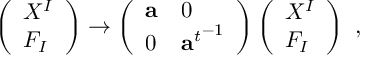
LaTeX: \left( \begin{array} { l } { { X ^ { I } } } \\ { { F _ { I } } } \end{array} \right) \rightarrow \left( \begin{array} { l l } { { { \bf a } } } & { { 0 } } \\ { { 0 } } & { { { { \bf a } ^ { t } } ^ { - 1 } } } \end{array} \right) \left( \begin{array} { l } { { X ^ { I } } } \\ { { F _ { I } } } \end{array} \right) \ ,